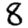
Digit: 8